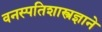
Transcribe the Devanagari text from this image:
वनस्पतिशास्त्रज्ञाने